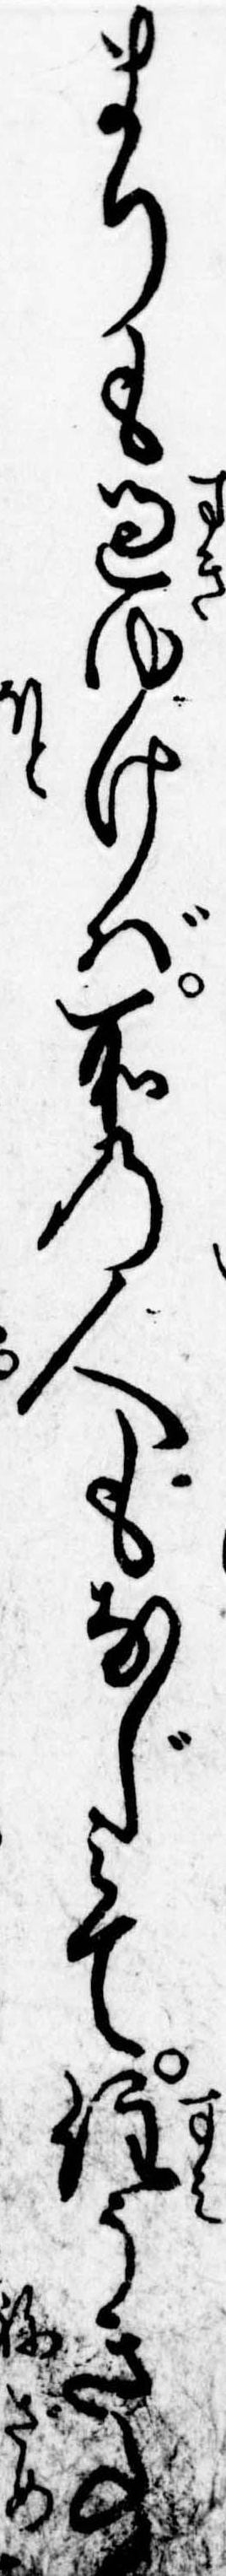
まりも過ゆけば所の人もなじみて住うき事